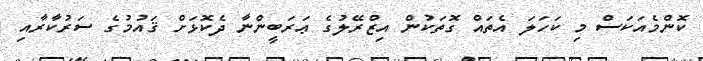
ކޮންމެއަކަސް މި ކަހަލަ އެތައް ގޮތަކުން އިޒްރޭލުގެ ޢަރަބީންނާ ދެކޮޅަށް ޤައުމުގެ ސަރުކާރާއި